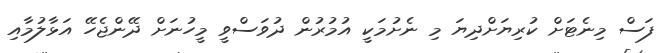
ފަސް މިނެޓަށް ކުރިޔަށްދިޔަ މި ނެށުމަކީ އުމުރުން ދުވަސްވީ މީހުނަށް ދޭންޖެހޭ އަޅާލުމާއި